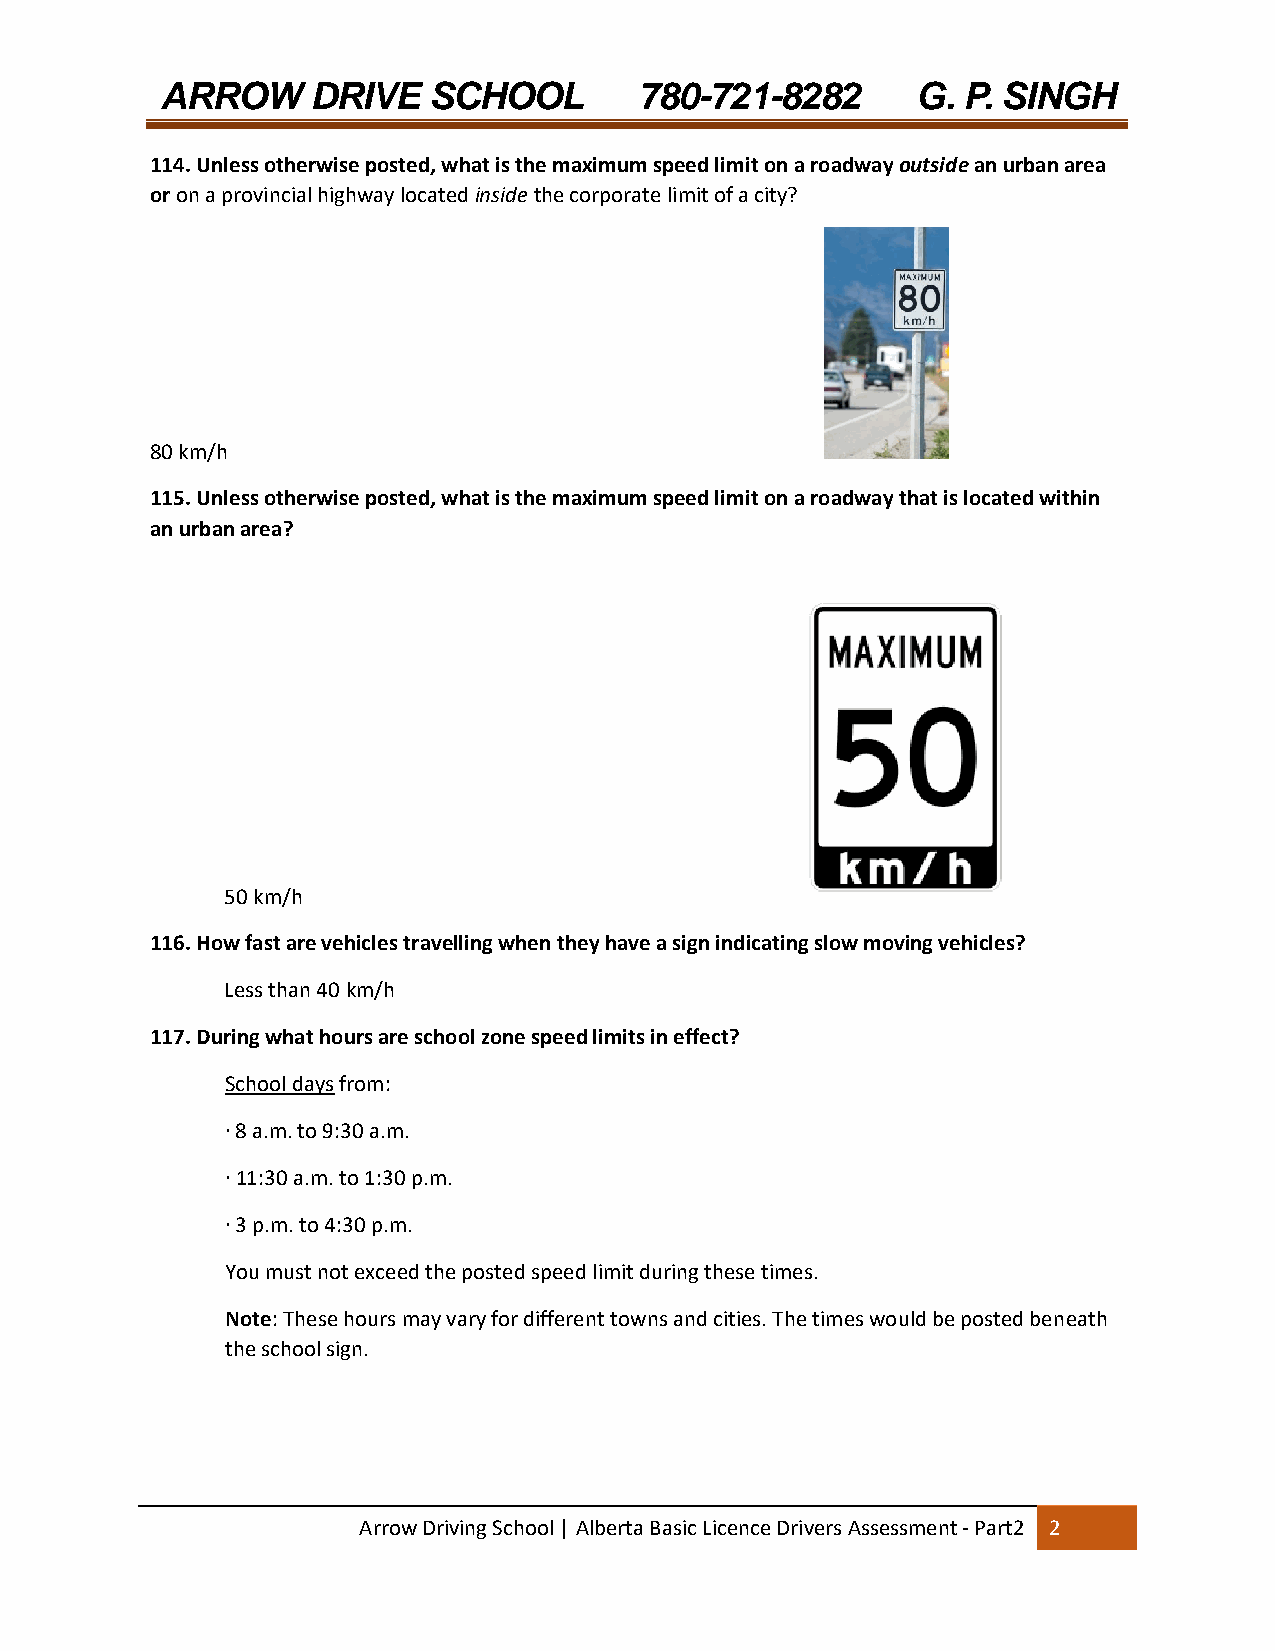
ARROW     DRIVE  SCHOOL        780-721-8282       G. P. SINGH
 114. Unless otherwise posted, what is the maximum speed limit on a roadway outside an urban area
 or on a provincial highway located inside the corporate limit of a city?
 80 km/h
 115. Unless otherwise posted, what is the maximum speed limit on a roadway that is located within
 an urban area?
 50 km/h
 116. How fast are vehicles travelling when they have a sign indicating slow moving vehicles?
 Less than 40 km/h
 117. During what hours are school zone speed limits in effect?
 School days from:
 ∙ 8 a.m. to 9:30 a.m.
 ∙ 11:30 a.m. to 1:30 p.m.
 ∙ 3 p.m. to 4:30 p.m.
 You must not exceed the posted speed limit during these times.
 Note: These hours may vary for different towns and cities. The times would be posted beneath
 the school sign.
 Arrow Driving School | Alberta Basic Licence Drivers Assessment ‐ Part2 2